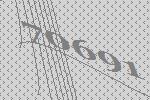
70691